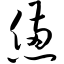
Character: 惫